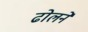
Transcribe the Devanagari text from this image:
ढोलने